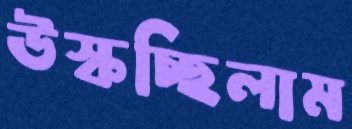
উস্‌কচ্ছিলাম